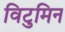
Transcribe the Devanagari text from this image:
विटुमिन